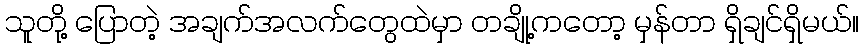
သူတို့ ပြောတဲ့ အချက်အလက်တွေထဲမှာ တချို့ကတော့ မှန်တာ ရှိချင်ရှိမယ်။